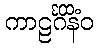
ကာဠင်္ဂိနိံဝ